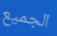
الجميع